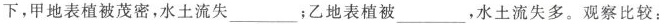
下，甲地表植被茂密，水土流失\underline；乙地表植被\underline，水土流失多。观察比较：